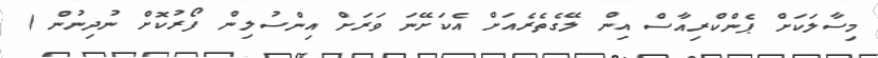
މިސާލަކަށް ޕެންކްރިއާސް އިން ލޭގެތެރެއަށް އެކަށޭނަ ވަރަށް އިންސުލިން ފޯރުކޮށް ނުދިނުން )